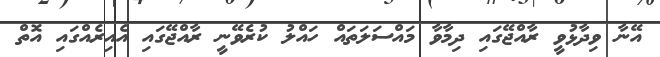
އޭނާ ވިދާޅުވީ ރާއްޖޭގައި ދިމާވާ މައްސަލަތައް ހައްލު ކުރެވޭނީ ރާއްޖޭގައި އެއިރެއްގައި އޮތް